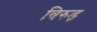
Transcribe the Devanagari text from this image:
विरुढ़